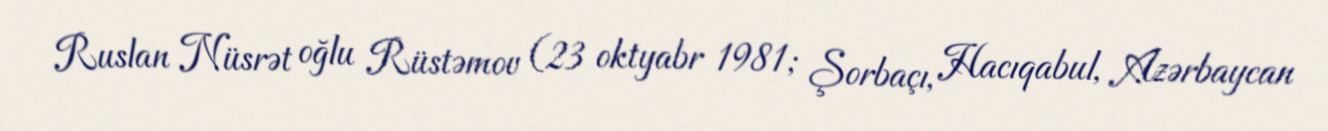
Ruslan Nüsrət oğlu Rüstəmov (23 oktyabr 1981; Şorbaçı, Hacıqabul, Azərbaycan